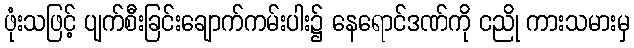
ဖုံးသဖြင့် ပျက်စီးခြင်းချောက်ကမ်းပါး၌ နေရောင်ဒဏ်ကို ငညို ကားသမားမှ